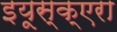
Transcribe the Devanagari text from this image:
इयूस्क्एरा